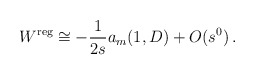
\begin{align*}W^{\mbox{\scriptsize reg}}\cong -\frac 1{2s} a_m(1,D)+O(s^0)\,.\end{align*}